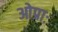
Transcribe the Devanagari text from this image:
ओप्राः